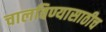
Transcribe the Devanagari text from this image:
चालविण्यासाठीच